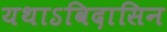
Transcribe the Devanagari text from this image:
यथाऽविदासिन